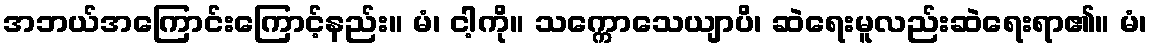
အဘယ်အကြောင်းကြောင့်နည်း။ မံ၊ ငါ့ကို။ သက္ကောသေယျာပိ၊ ဆဲရေးမူလည်းဆဲရေးရာ၏။ မံ၊